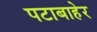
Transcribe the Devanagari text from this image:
पटाबाहेर